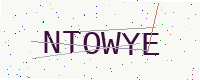
Text: NTOWYE